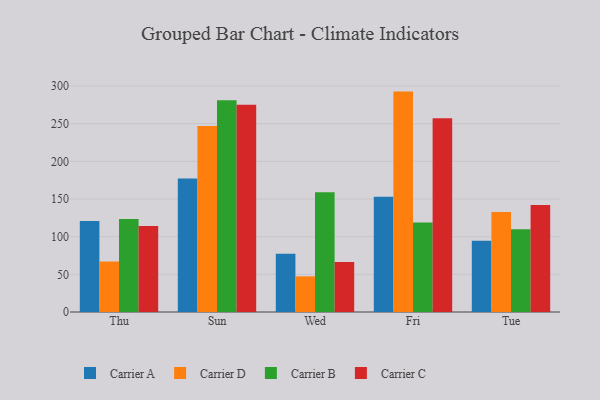
{"axis": {"x": "Day", "y": "Latency (ms)"}, "legend": ["Carrier A", "Carrier B", "Carrier C", "Carrier D"], "data": [{"x": "Thu", "y": 120.9, "type": "Carrier A"}, {"x": "Thu", "y": 67.0, "type": "Carrier D"}, {"x": "Thu", "y": 123.3, "type": "Carrier B"}, {"x": "Thu", "y": 114.0, "type": "Carrier C"}, {"x": "Sun", "y": 177.2, "type": "Carrier A"}, {"x": "Sun", "y": 246.7, "type": "Carrier D"}, {"x": "Sun", "y": 281.0, "type": "Carrier B"}, {"x": "Sun", "y": 275.0, "type": "Carrier C"}, {"x": "Wed", "y": 77.2, "type": "Carrier A"}, {"x": "Wed", "y": 47.3, "type": "Carrier D"}, {"x": "Wed", "y": 158.9, "type": "Carrier B"}, {"x": "Wed", "y": 66.4, "type": "Carrier C"}, {"x": "Fri", "y": 153.0, "type": "Carrier A"}, {"x": "Fri", "y": 292.5, "type": "Carrier D"}, {"x": "Fri", "y": 118.8, "type": "Carrier B"}, {"x": "Fri", "y": 257.0, "type": "Carrier C"}, {"x": "Tue", "y": 94.6, "type": "Carrier A"}, {"x": "Tue", "y": 132.8, "type": "Carrier D"}, {"x": "Tue", "y": 109.8, "type": "Carrier B"}, {"x": "Tue", "y": 142.1, "type": "Carrier C"}]}